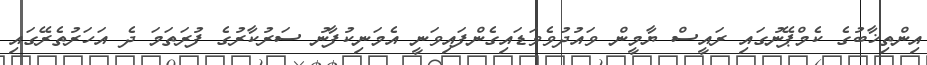
އިންތިޚާބުގެ ކެމްޕޭނުގައި ރައީސް ޔާމީން ވައުދުވެވަޑައިގެންފައިވަނީ އެމަނިކުފާނު ސަރުކާރުގެ ފުރަތަމަ ދެ އަހަރުތެރޭގައި